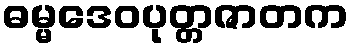
ဓမ္မဒေဝပုတ္တဇာတက